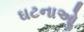
ઘટનાઓૢ